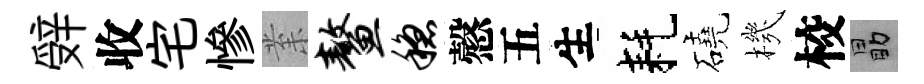
辤收宅慘𭪙鳌稳慤五生耗磽機校勗